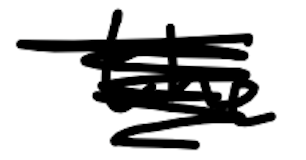
Text: the
Cross-out: scratch
Writing tool: digital_black